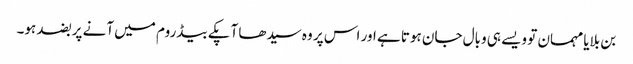
بن بلایا مہمان تو ویسے ہی وبال جان ہوتا ہے اور اس پر وہ سیدھا آپکے بیڈروم میں آنے پر بضد ہو۔